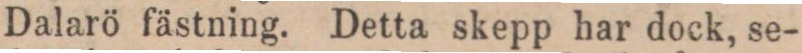
Dalarö fästning. Detta skepp har dock, se-